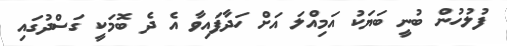
ފުލުހުން ބުނީ ބަޔަކު އަމިއްލަ އަށް ހަދާފައިވާ އެ ދެ ބޮމަކީ ގަސްދުގައި